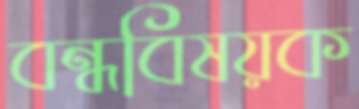
বন্ধবিষয়ক